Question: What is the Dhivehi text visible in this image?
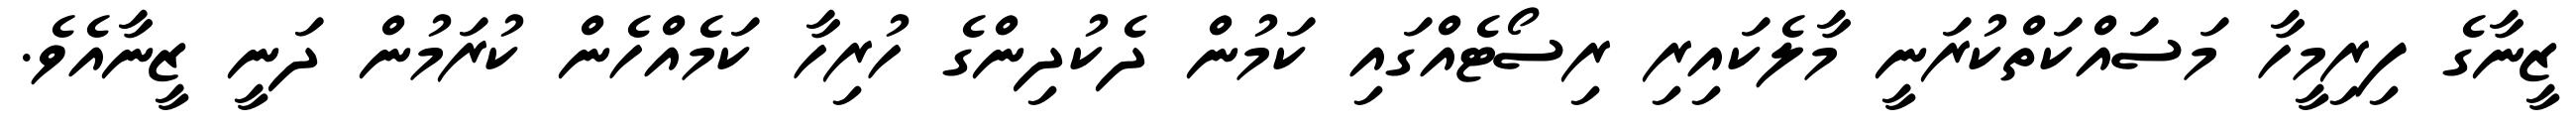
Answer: ޒީނާގެ ފިރިމީހާ މަސައްކަތްކުރަނީ މާލެކައިރި ރިސޯޓެއްގައި ކަމުން ދެކުދިންގެ ހުރިހާ ކަމެއްހެން ކުރަމުން ދަނީ ޒީނާއެވެ.